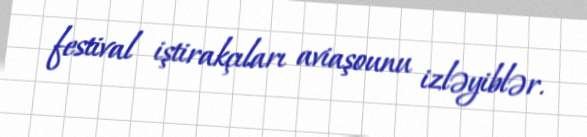
festival iştirakçıları aviaşounu izləyiblər.